Scottish Leaving Certificate Examination, 1951
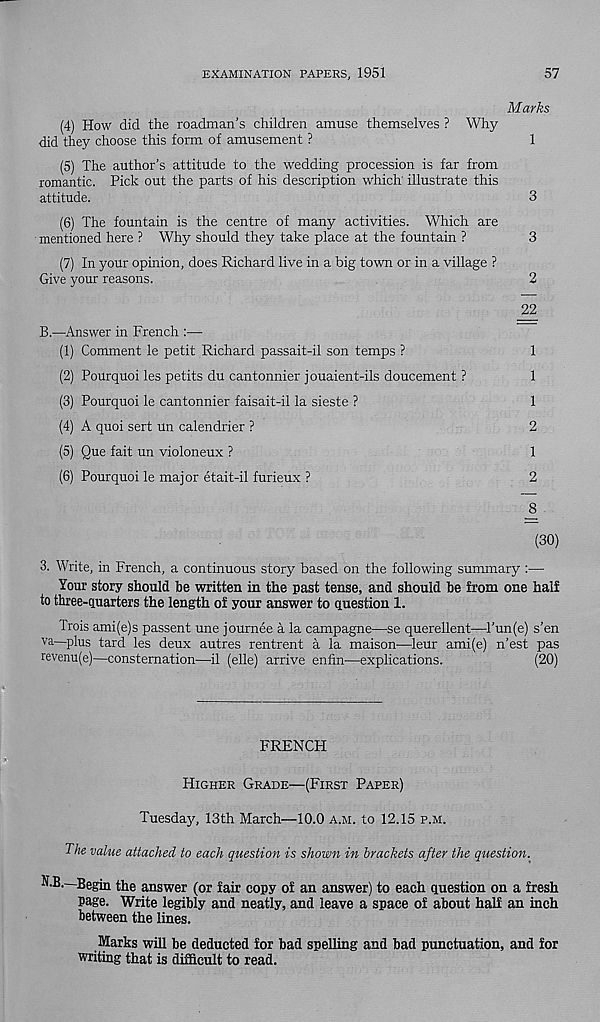
EXAMINATION PAPERS, 1951
57
Marks
(4) How did the roadman’s children amuse themselves ? Why
did they choose this form of amusement ?
1
(5) The author’s attitude to the wedding procession is far from
romantic. Pick out the parts of his description which' illustrate this
attitude.
3
(6) The fountain is the centre of many activities. Which are
mentioned here ? Why should they take place at the fountain ?
3
(7) In your opinion, does Richard live in a big town or in a village ?
Give your reasons.
2
_22
B.—Answer in French :—
(1) Comment le petit Richard passait-il son temps ?
1
(2) Pourquoi les petits du cantonnier j ouaient-ils doucement ?
1
(3) Pourquoi le cantonnier faisait-il la sieste ?
1
(4) A quoi sert un calendrier ?
2
(5) Que fait un violoneux ?
1
(6) Pourquoi le major etait-il furieux ?
2
^8
(30)
3. Write, in French, a continuous story based on the following summary :—
lour story should be written in the past tense, and should be from one half
to three-quarters the length of your answer to question 1.
Trois ami(e)s passent une journee a la campagne—se querellent—Tun(e) s’en
va—plus tard les deux autres rentrent a la maison—leur ami(e) n’est pas
revenu(e)—consternation—il (elle) arrive enfin—explications.
(20)
FRENCH
Higher Grade—(First Paper)
Tuesday, 13th March—10.0 a.m. to 12.15 p.m.
The value attached to each question is shown in brackets after the question.
N.B.—Begin the answer (or fair copy of an answer) to each question on a fresh
page. Write legibly and neatly, and leave a space of about half an inch
between the lines.
Marks will be deducted for bad spelling and bad punctuation, and for
writing that is difficult to read.